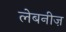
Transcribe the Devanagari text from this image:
लेबनीज़